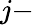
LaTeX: j-